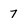
Character: 7